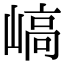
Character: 嵪